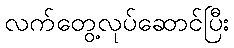
လက်တွေ့လုပ်ဆောင်ပြီး